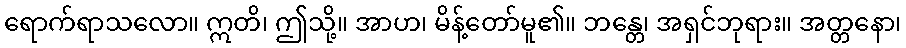
ရောက်ရာသလော။ ဣတိ၊ ဤသို့။ အာဟ၊ မိန့်တော်မူ၏။ ဘန္တေ၊ အရှင်ဘုရား။ အတ္တနော၊